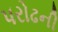
પરોઢની